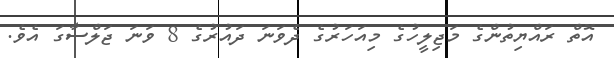
އޮތް ރައްޔިތުންގެ މަޖިލީހުގެ މިއަހަރުގެ ދެވަނަ ދައުރުގެ 8 ވަނަ ޖަލްސާގަ އެވެ.